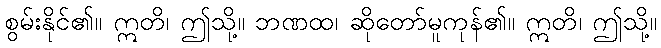
စွမ်းနိုင်၏။ ဣတိ၊ ဤသို့။ ဘဏထ၊ ဆိုတော်မူကုန်၏။ ဣတိ၊ ဤသို့။